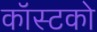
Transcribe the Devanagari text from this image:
कॉस्टको